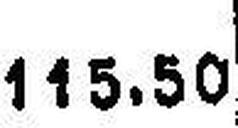
115.50